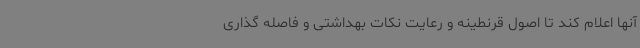
آنها اعلام کند تا اصول قرنطینه و رعایت نکات بهداشتی و فاصله گذاری